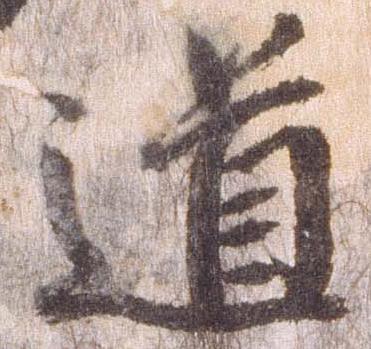
道